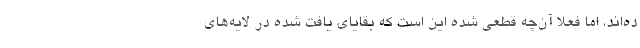
ده‌اند، اما فعلا آن‌چه قطعی شده این است که بقایای یافت شده در لایه‌های